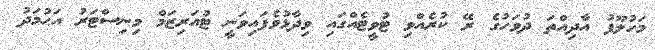
މަހުލޫފު އާދިއްތަ ދުވަހުގެ ރޭ ކުރެއްވި ޓުވީޓެއްގަައި ވިދާޅުވެފައިވަނީ ޓުއަރިޒަމް މިނިސްޓަރު އަޙުމަދު